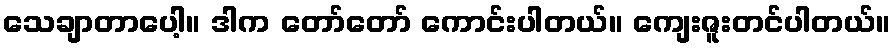
သေချာတာပေါ့။ ဒါက တော်တော် ကောင်းပါတယ်။ ကျေးဇူးတင်ပါတယ်။